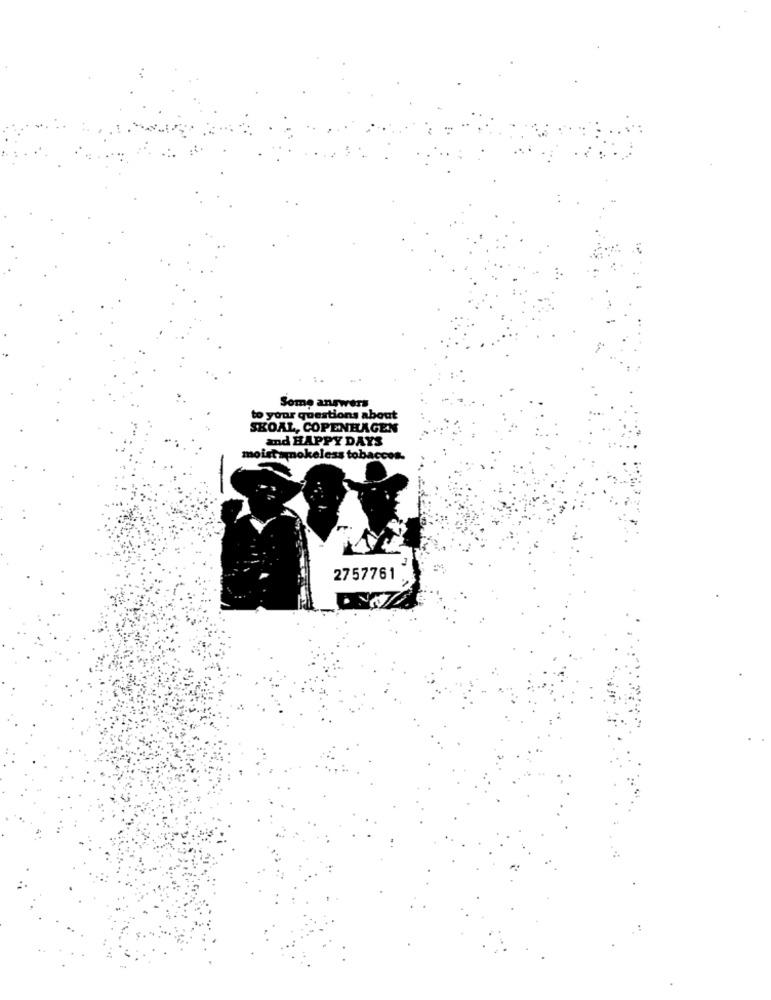
Some answers
to your questions about
SKOAL, COPENHAGEN
and HAPPY DAYS
moistsmokeless tobaccos-
2757761